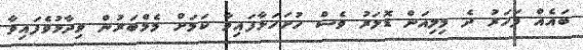
ބައެއް ފަހަރު ދެ މިލިއަން ޑޮލަރު ވެސް ހުށަހަޅާފައިވާ ކަމަށް މެމްބަރުން ވިދާޅުވެފައިވާ